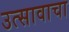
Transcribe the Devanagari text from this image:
उत्सावाचा